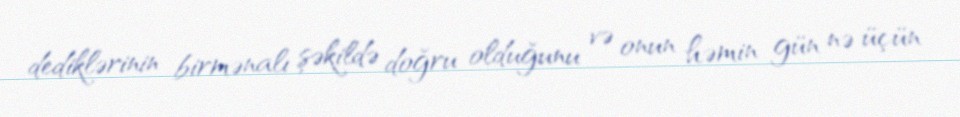
dediklərinin birmənalı şəkildə doğru olduğunu və onun həmin gün nə üçün